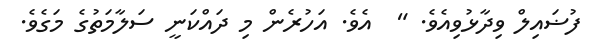
ފުޟައިލް ވިދާޅުވިއެވެ. "  އެވެ. އަހުރެން މި ދައްކަނީ ސަލާމަތުގެ މަގެވެ.